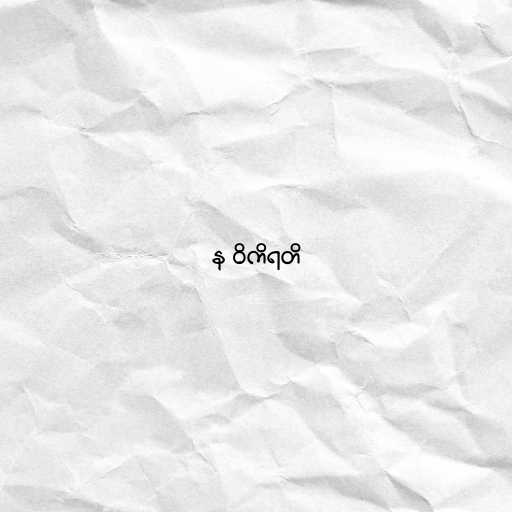
န ဝိကိရတိ